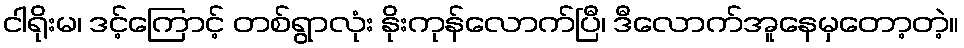
ငါရိုးမ၊ ဒင့်ကြောင့် တစ်ရွာလုံး နိုးကုန်လောက်ပြီ၊ ဒီလောက်အူနေမှတော့တဲ့။